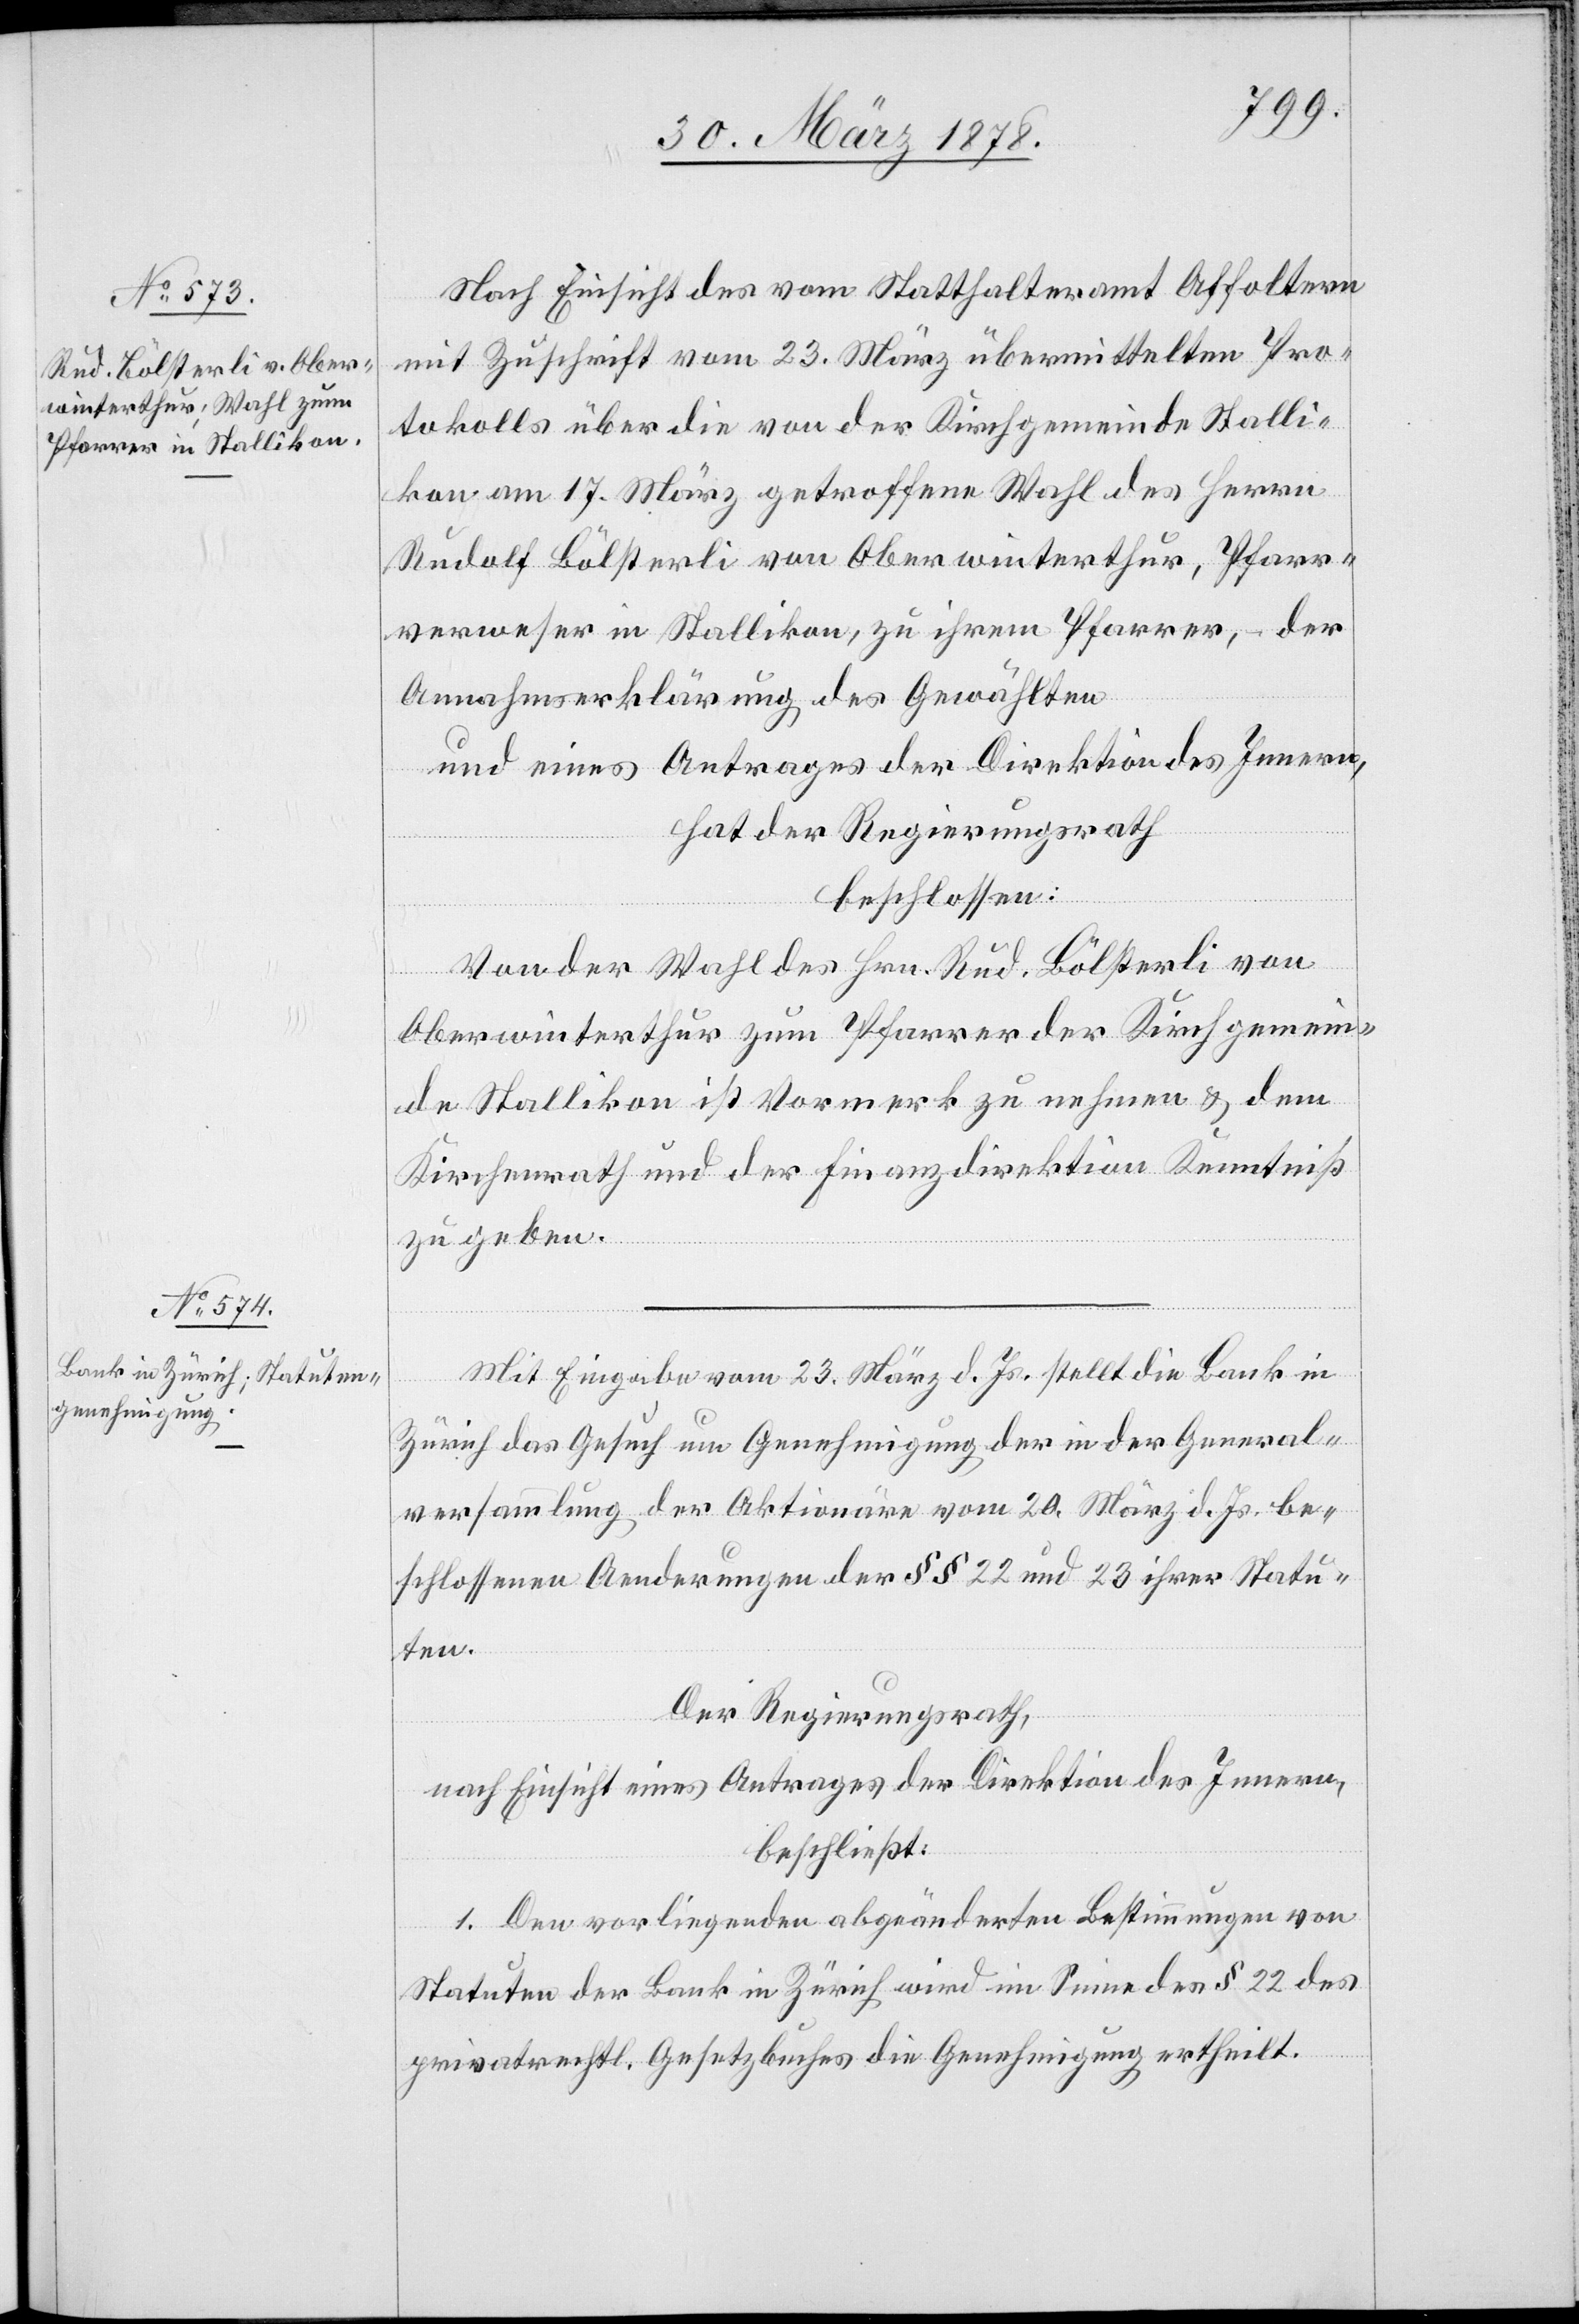
Nach Einsicht des vom Statthalteramt Affoltern
mit Zuschrift vom 23. März übermittelten Pro¬
tokolls über die von der Kirchgemeinde Stalli¬
kon am 17. März getroffene Wahl des Herrn
Rudolf Bölsterli von Oberwinterthur, Pfarr¬
verweser in Stallikon, zu ihrem Pfarrer, der
Annahmserklärung des Gewählten
und eines Antrages der Direktion des Innern,
hat der Regierungsrath
beschlossen:
Von der Wahl des Hrn. Rud. Bölsterli von
Oberwinterthur zum Pfarrer der Kirchgemein¬
de Stallikon ist Vormerk zu nehmen & dem
Kirchenrath und der Finanzdirektion Kenntniß
zu geben.
Mit Eingabe vom 23. März d. Js. stellt die Bank in
Zürich das Gesuch um Genehmigung der in der General¬
versammlung der Aktionäre vom 20. März d. Js. be¬
schlossenen Aenderungen der §§ 22 und 23 ihrer Statu¬
ten.
Der Regierungsrath,
nach Einsicht eines Antrages der Direktion des Innern,
beschließt:
1. Den vorliegenden abgeänderten Bestimmungen von
Statuten der Bank in Zürich wird im Sinne des § 22 des
privatrechtl. Gesetzbuches die Genehmigung ertheilt.